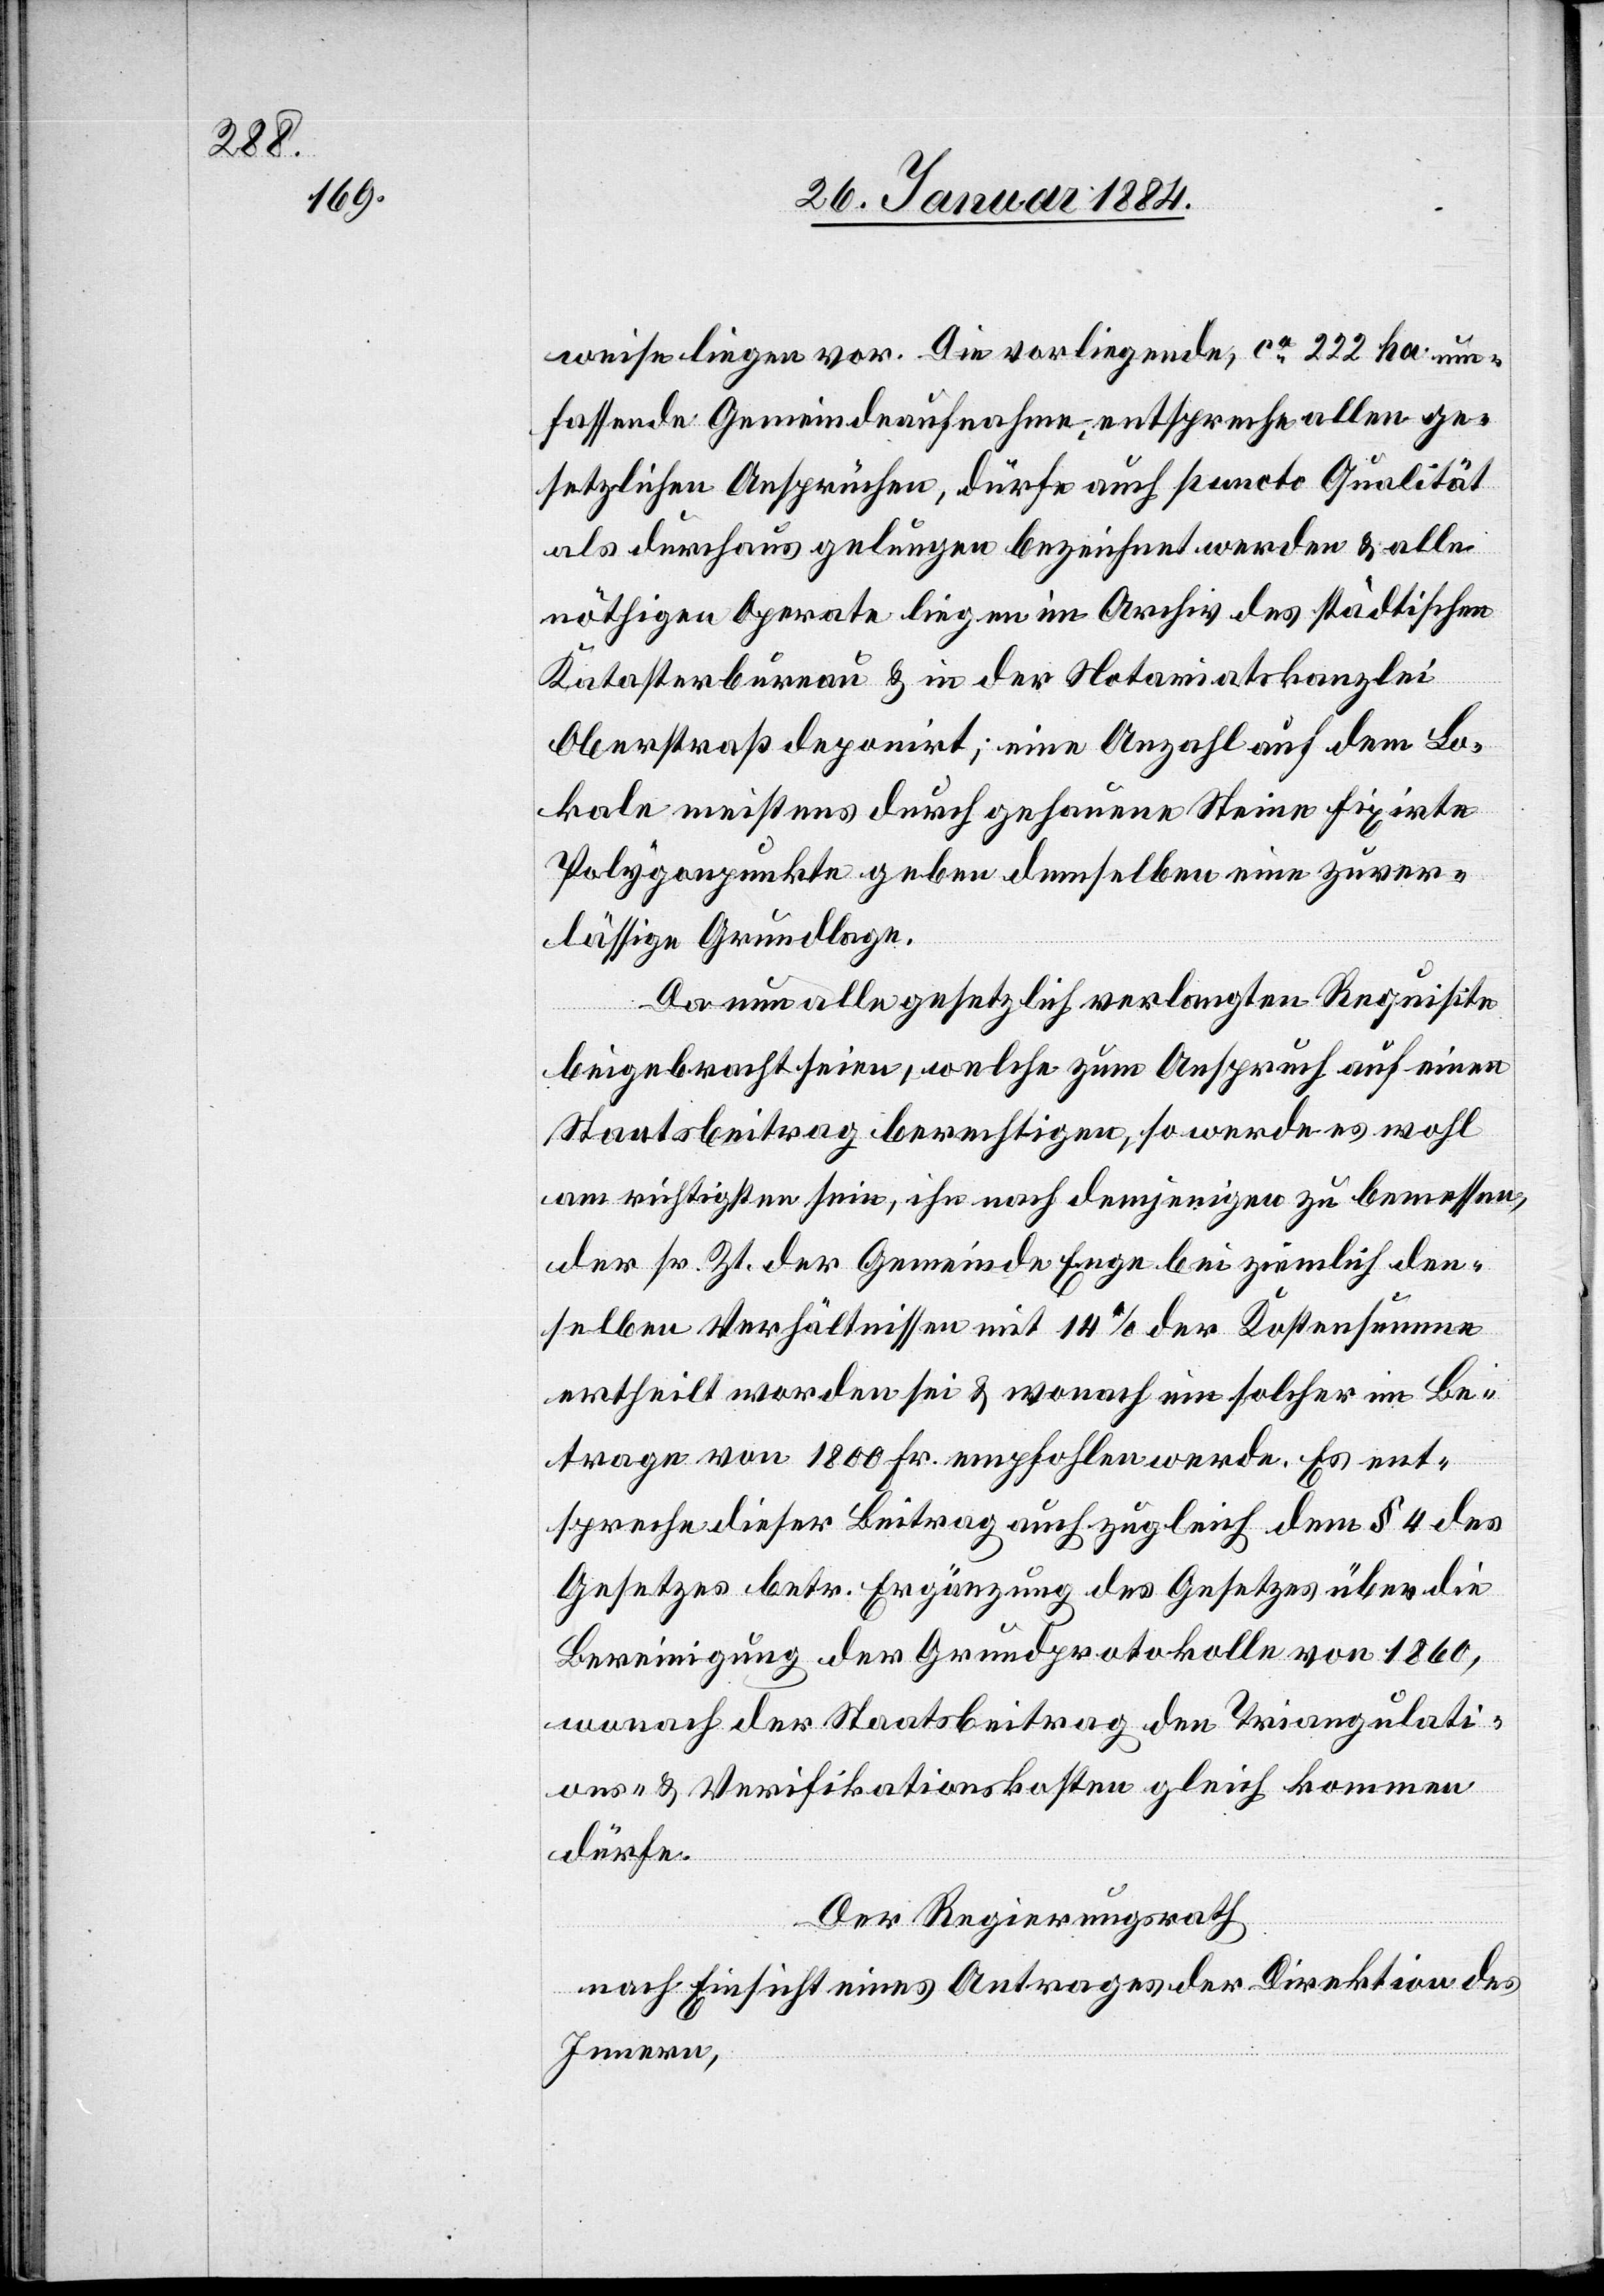
weise liegen vor. Die vorliegende, ca 222 ha um¬
fassende Gemeindeaufnahme entspreche allen ge¬
setzlichen Ansprüchen, dürfe auch puncto Qualität
als durchaus gelungen bezeichnet werden & alle
nöthigen Operate liegen im Archiv des städtischen
Katasterbureau & in der Notariatskanzlei
Oberstraß deponirt; eine Anzahl auf dem Lo¬
kale meistens durch gehauene Steine fixirte
Polyganpunkte geben demselben eine zuver¬
lässige Grundlage.
Da nun alle gesetzlich verlangten Requisiten
beigebracht seien, welche zum Anspruch auf einen
Staatsbeitrag berechtigten, so werde es wohl
am richtigsten sein, ihn nach demjenigen zu bemessen,
der sr. Zt. der Gemeinde Enge bei ziemlich den¬
selben Verhältnissen mit 14% der Kostensumme
ertheilt worden sei & wonach ein solcher im Be¬
trage von 1800 Fr. empfohlen werde. Es ent¬
spreche dieser Beitrag auch zugleich dem § 4 des
Gesetzes betr. Ergänzung des Gesetzes über die
Bereinigung der Grundprotokolle von 1860,
wonach der Staatsbeitrag den Triangulati¬
ons- & Verifikationskosten gleich kommen
dürfe.
Der Regierungsrath
nach Einsicht eines Antrages der Direktion des
Innern,